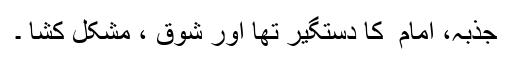
جذبہ، امام ؒ کا دستگیر تھا اور شوق ، مشکل کشا ۔